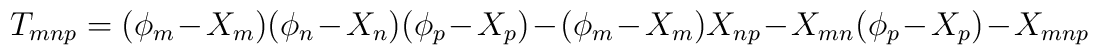
T_{mnp} = (\phi_{m}-X_{m})(\phi_{n}-X_{n})(\phi_{p}-X_{p}) - (\phi_{m}-X_{m})X_{np} - X_{mn}(\phi_{p}-X_{p}) - X_{mnp}